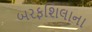
બરફશિલાના